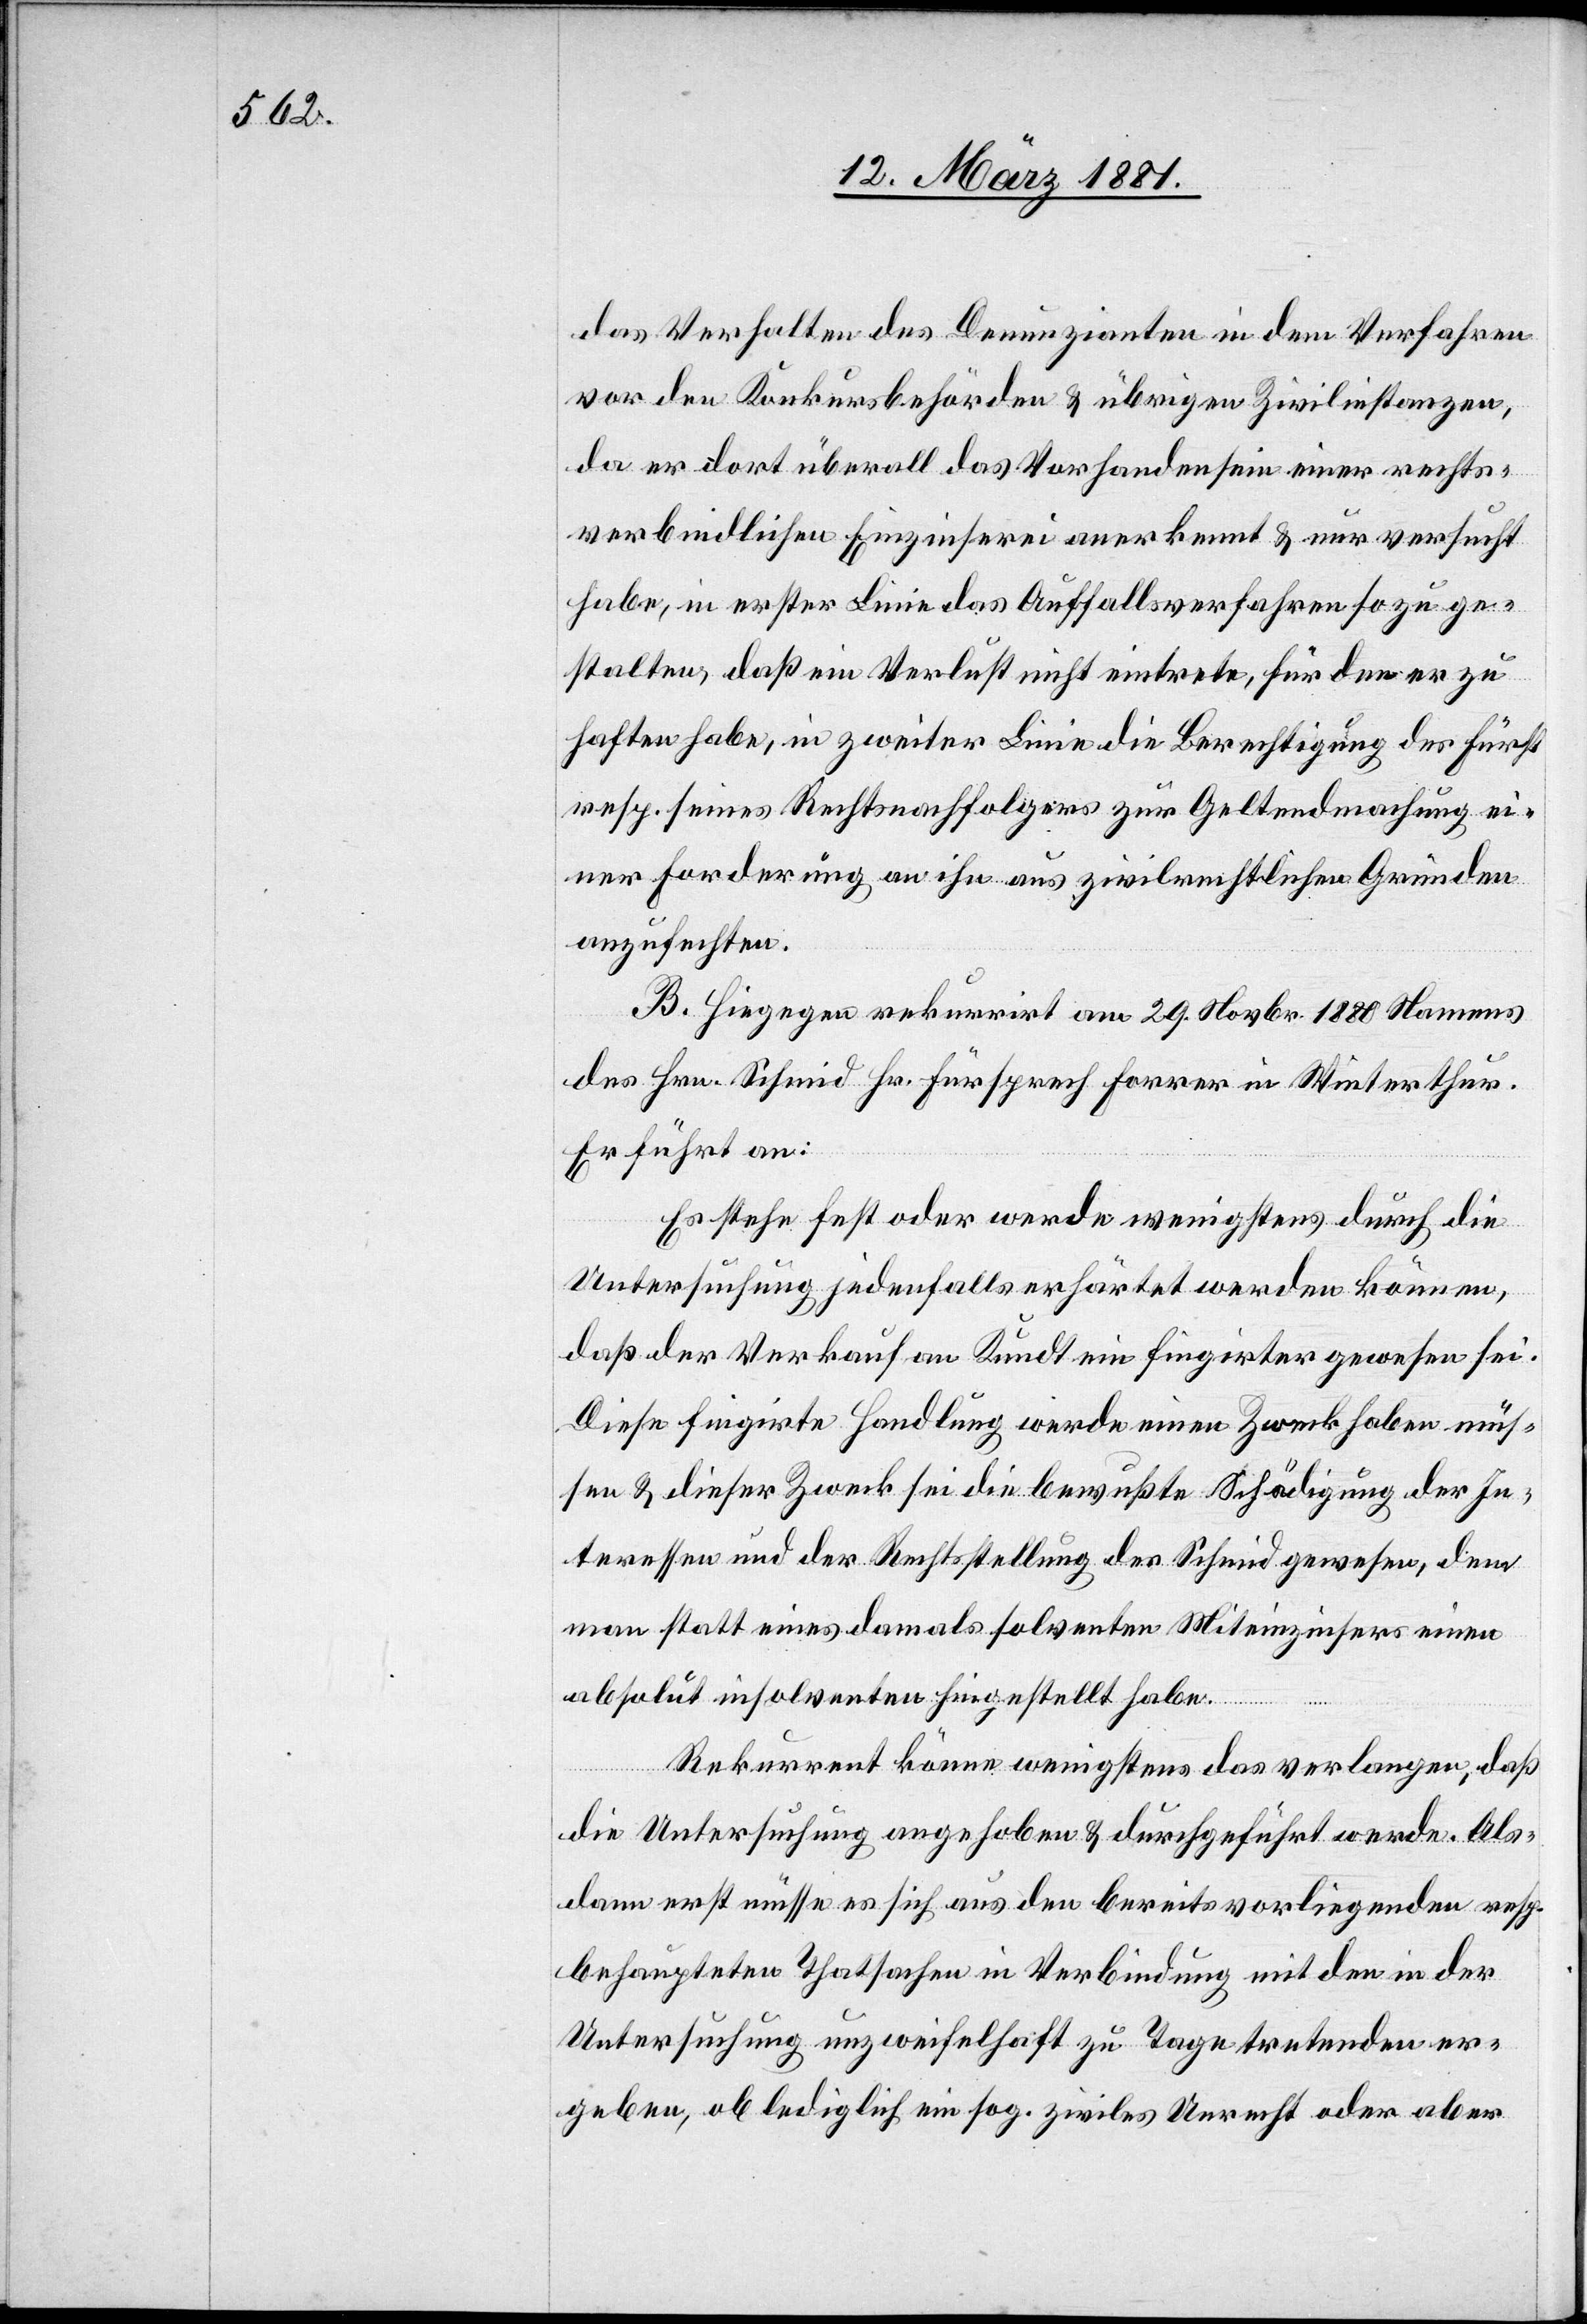
das Verhalten des Denunzianten in dem Verfahren
vor den Konkursbehörden & übrigen Zivilinstanzen,
da er dort überall das Vorhandensein einer rechts¬
verbindlichen Einzinserei anerkannt & nur versucht
habe, in erster Linie das Auffallsverfahren so zu ge¬
stalten, daß ein Verlust nicht eintrete, für den er zu
haften habe, in zweiter Linie die Berechtigung des Fürst
resp. seines Rechtsnachfolgers zur Geltendmachung ei¬
ner Forderung an ihn aus zivilrechtlichen Gründen
anzufechten.
B. Hiegegen rekurrirt am 29. Novbr. 1880 Namens
des Hrn. Schmid Hr. Fürsprech Forrer in Winterthur.
Er führt an:
Es stehe fest oder werde wenigstens durch die
Untersuchung jedenfalls erhärtet werden können,
daß der Verkauf an Kundt ein fingirter gewesen sei.
Diese fingirte Handlung werde einen Zweck haben müs¬
sen & dieser Zweck sei die bewußte Schädigung der In¬
teressen und der Rechtsstellung des Schmid gewesen, dem
man statt eines damals solventen Miteinzinsers einen
absolut insolventen hingestellt habe.
Rekurrent könne wenigstens das verlangen, daß
die Untersuchung angehoben & durchgeführt werde. Als¬
dann erst müsse es sich aus den bereits vorliegenden resp.
behaupteten Thatsachen in Verbindung mit den in der
Untersuchung unzweifelhaft zu Tage tretenden er¬
geben, ob lediglich ein sog. ziviles Unrecht oder aber